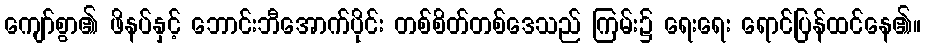
ကျော်စွာ၏ ဖိနပ်နှင့် ဘောင်းဘီအောက်ပိုင်း တစ်စိတ်တစ်ဒေသည် ကြမ်း၌ ရေးရေး ရောင်ပြန်ထင်နေ၏။